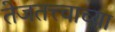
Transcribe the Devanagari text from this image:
तेजतत्त्वाच्या